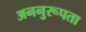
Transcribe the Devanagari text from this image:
अननुरूपता